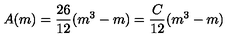
A ( m ) = \frac { 2 6 } { 1 2 } ( m ^ { 3 } - m ) = \frac { C } { 1 2 } ( m ^ { 3 } - m )